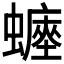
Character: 𧒐